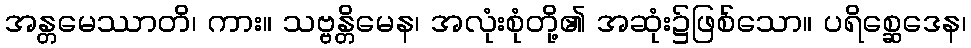
အန္တမေဿာတိ၊ ကား။ သဗ္ဗန္တိမေန၊ အလုံးစုံတို့၏ အဆုံး၌ဖြစ်သော။ ပရိစ္ဆေဒေန၊